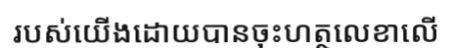
របស់យើងដោយបានចុះហត្ថលេខាលើ